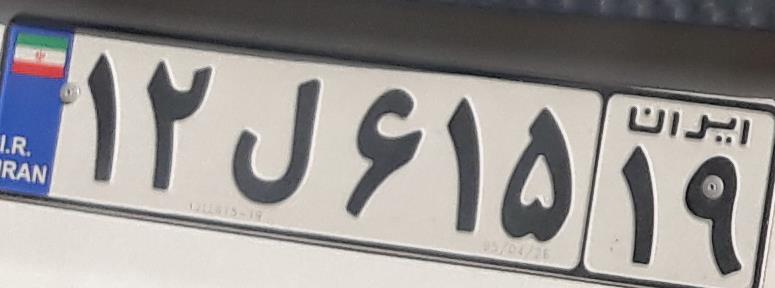
۱۲ل۶۱۵۱۹